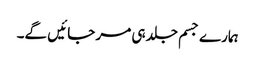
ہمارے جسم جلد ہی مر جائیں گے۔